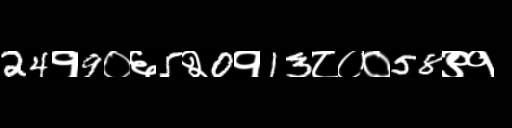
Text: 24१9०६5२0१13८००58९१